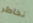
نخاطر